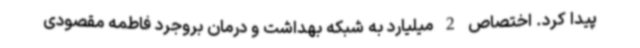
پیدا کرد. اختصاص 2 میلیارد به شبکه بهداشت و درمان بروجرد فاطمه مقصودی